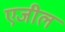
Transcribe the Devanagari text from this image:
एजील